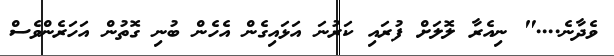
ވެދާނެ...." ނިއެރާ ލޮލަށް ފުރައި ކަރުނަ އަޅައިގެން އެހެން ބުނި ގޮތުން އަހަރެންވެސް